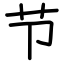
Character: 节